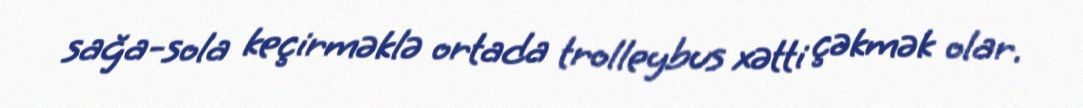
sağa-sola keçirməklə ortada trolleybus xətti çəkmək olar.